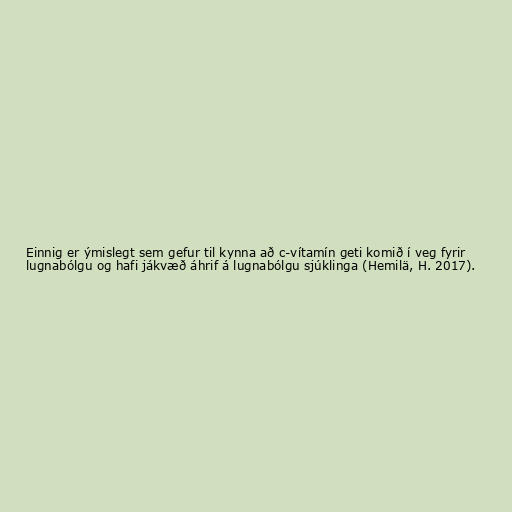
Einnig er ýmislegt sem gefur til kynna að c-vítamín geti komið í veg fyrir
lugnabólgu og hafi jákvæð áhrif á lugnabólgu sjúklinga (Hemilä, H. 2017).